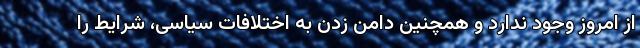
از امروز وجود ندارد و همچنین دامن زدن به اختلافات سیاسی، شرایط را